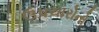
ઉપચારોનો